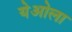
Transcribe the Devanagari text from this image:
येओला